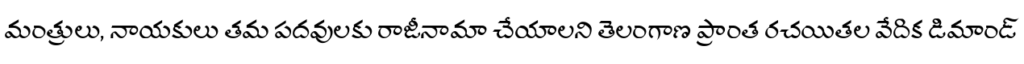
మంత్రులు, నాయకులు తమ పదవులకు రాజీనామా చేయాలని తెలంగాణ ప్రాంత రచయితల వేదిక డిమాండ్